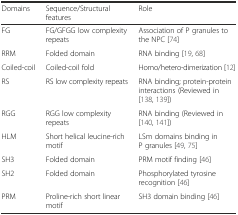
<table><thead><tr><td><b>Domains</b></td><td><b>Sequence/Structural features</b></td><td><b>Role</b></td></tr></thead><tbody><tr><td>FG</td><td>FG/GFGG low complexity repeats</td><td>Association of P granules to the NPC [74]</td></tr><tr><td>RRM</td><td>Folded domain</td><td>RNA binding [19, 68]</td></tr><tr><td>Coiled-coil</td><td>Coiled-coil fold</td><td>Homo/hetero-dimerization [12]</td></tr><tr><td>RS</td><td>RS low complexity repeats</td><td>RNA binding; protein-protein interactions (Reviewed in [138, 139])</td></tr><tr><td>RGG</td><td>RGG low complexity repeats</td><td>RNA binding (Reviewed in [140, 141])</td></tr><tr><td>HLM</td><td>Short helical leucine-rich motif</td><td>LSm domains binding in P granules [49, 75]</td></tr><tr><td>SH3</td><td>Folded domain</td><td>PRM motif finding [46]</td></tr><tr><td>SH2</td><td>Folded domain</td><td>Phosphorylated tyrosine recognition [46]</td></tr><tr><td>PRM</td><td>Proline-rich short linear motif</td><td>SH3 domain binding [46]</td></tr></tbody></table>